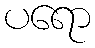
ပရော